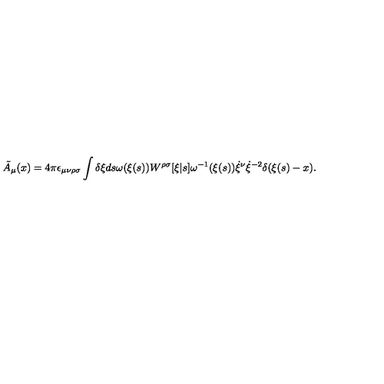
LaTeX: \tilde { A } _ { \mu } ( x ) = 4 \pi \epsilon _ { \mu \nu \rho \sigma } \int \delta \xi d s \omega ( \xi ( s ) ) W ^ { \rho \sigma } [ \xi | s ] \omega ^ { - 1 } ( \xi ( s ) ) \dot { \xi } ^ { \nu } \dot { \xi } ^ { - 2 } \delta ( \xi ( s ) - x ) .